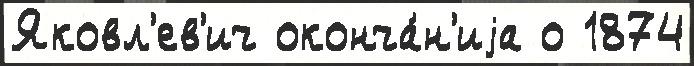
Яковл'ев'ич оконча́н'иjа о 1874